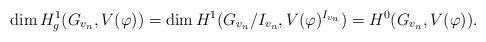
LaTeX: \begin{align*} \dim H^1_g(G_{v_n}, V(\varphi)) = \dim H^1(G_{v_n}/I_{v_n},V(\varphi)^{I_{v_n}}) =H^0(G_{v_n},V(\varphi)).\end{align*}